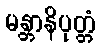
မန္တာနိပုတ္တံ